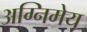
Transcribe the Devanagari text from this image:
अग्‍निमेय